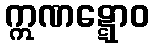
ဣဏဋ္ဋောဝ